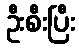
ဦးစီးပြီး